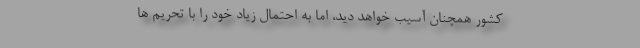
کشور همچنان آسیب خواهد دید، اما به احتمال زیاد خود را با تحریم ها